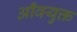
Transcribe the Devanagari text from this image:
आँवयुक्त